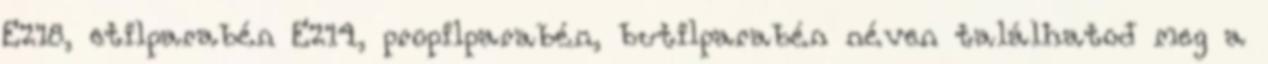
E218, etilparabén E214, propilparabén, butilparabén néven találhatod meg a